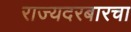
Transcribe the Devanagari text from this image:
राज्यदरबारचा